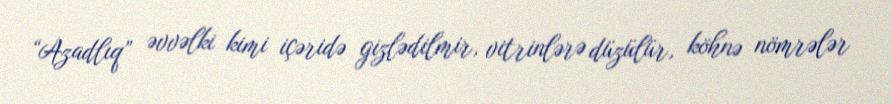
“Azadlıq” əvvəlki kimi içəridə gizlədilmir, vitrinlərə düzülür, köhnə nömrələr